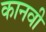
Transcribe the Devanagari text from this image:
कानवी